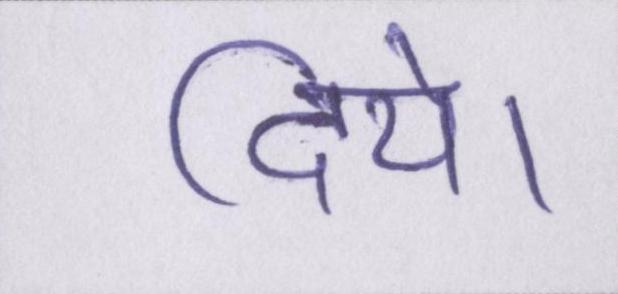
दिये।